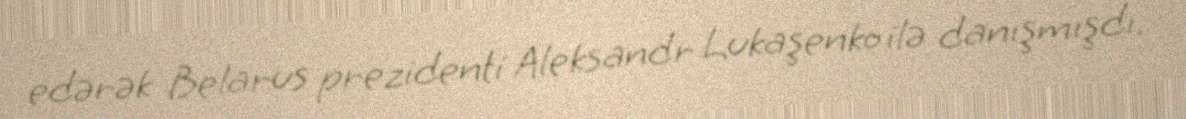
edərək Belarus prezidenti Aleksandr Lukaşenko ilə danışmışdı.